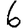
Digit: 6